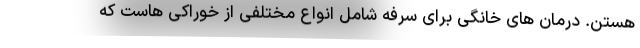
هستن. درمان های خانگی برای سرفه شامل انواع مختلفی از خوراکی هاست که